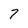
Character: 7